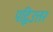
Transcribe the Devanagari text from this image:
पद्विउत्तर